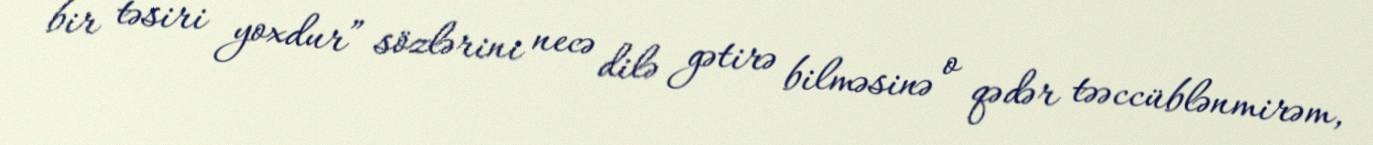
bir təsiri yoxdur” sözlərini necə dilə gətirə bilməsinə o qədər təəccüblənmirəm,